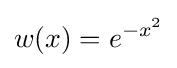
w(x)=e^{-x^{2}}